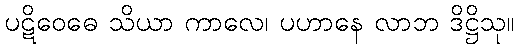
ပဋိဝေဓေ သိယာ ကာလေ၊ ပဟာနေ လာဘ ဒိဋ္ဌိသု။